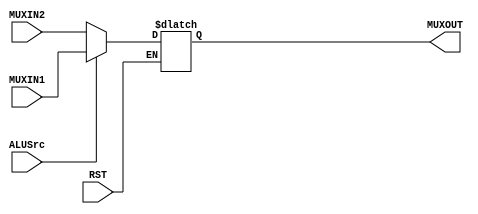
module mux(MUXIN1, MUXIN2, MUXOUT, ALUSrc, RST);

input RST;
input ALUSrc;
input [31:0] MUXIN1;
input [31:0] MUXIN2;

output reg [31:0] MUXOUT;

always @(*) begin
    if(RST == 0) OUT = 32'b0; else
        MUXOUT = ALUSrc ? MUXIN1 : MUXIN2;
end

endmodule